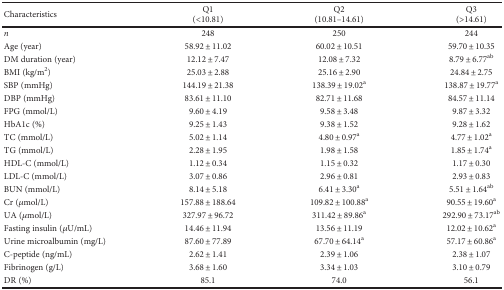
<table><thead><tr><td rowspan="2"><b>Characteristics</b></td><td><b>Q1</b></td><td><b>Q2</b></td><td><b>Q3</b></td></tr><tr><td><b>(&lt;10.81)</b></td><td><b>(10.81–14.61)</b></td><td><b>(&gt;14.61)</b></td></tr></thead><tbody><tr><td><i>n</i></td><td>248</td><td>250</td><td>244</td></tr><tr><td>Age (year)</td><td>58.92 ± 11.02</td><td>60.02 ± 10.51</td><td>59.70 ± 10.35</td></tr><tr><td>DM duration (year)</td><td>12.12 ± 7.47</td><td>12.08 ± 7.32</td><td>8.79 ± 6.77<sup>ab</sup></td></tr><tr><td>BMI (kg/m<sup>2</sup>)</td><td>25.03 ± 2.88</td><td>25.16 ± 2.90</td><td>24.84 ± 2.75</td></tr><tr><td>SBP (mmHg)</td><td>144.19 ± 21.38</td><td>138.39 ± 19.02<sup>a</sup></td><td>138.87 ± 19.77<sup>a</sup></td></tr><tr><td>DBP (mmHg)</td><td>83.61 ± 11.10</td><td>82.71 ± 11.68</td><td>84.57 ± 11.14</td></tr><tr><td>FPG (mmol/L)</td><td>9.60 ± 4.19</td><td>9.58 ± 3.48</td><td>9.87 ± 3.32</td></tr><tr><td>HbA1c (%)</td><td>9.25 ± 1.43</td><td>9.38 ± 1.52</td><td>9.28 ± 1.62</td></tr><tr><td>TC (mmol/L)</td><td>5.02 ± 1.14</td><td>4.80 ± 0.97<sup>a</sup></td><td>4.77 ± 1.02<sup>a</sup></td></tr><tr><td>TG (mmol/L)</td><td>2.28 ± 1.95</td><td>1.98 ± 1.58</td><td>1.85 ± 1.74<sup>a</sup></td></tr><tr><td>HDL-C (mmol/L)</td><td>1.12 ± 0.34</td><td>1.15 ± 0.32</td><td>1.17 ± 0.30</td></tr><tr><td>LDL-C (mmol/L)</td><td>3.07 ± 0.86</td><td>2.96 ± 0.81</td><td>2.93 ± 0.83</td></tr><tr><td>BUN (mmol/L)</td><td>8.14 ± 5.18</td><td>6.41 ± 3.30<sup>a</sup></td><td>5.51 ± 1.64<sup>ab</sup></td></tr><tr><td>Cr (<i>μ</i>mol/L)</td><td>157.88 ± 188.64</td><td>109.82 ± 100.88<sup>a</sup></td><td>90.55 ± 19.60<sup>a</sup></td></tr><tr><td>UA (<i>μ</i>mol/L)</td><td>327.97 ± 96.72</td><td>311.42 ± 89.86<sup>a</sup></td><td>292.90 ± 73.17<sup>ab</sup></td></tr><tr><td>Fasting insulin (<i>μ</i>U/mL)</td><td>14.46 ± 11.94</td><td>13.56 ± 11.19</td><td>12.02 ± 10.62<sup>a</sup></td></tr><tr><td>Urine microalbumin (mg/L)</td><td>87.60 ± 77.89</td><td>67.70 ± 64.14<sup>a</sup></td><td>57.17 ± 60.86<sup>a</sup></td></tr><tr><td>C-peptide (ng/mL)</td><td>2.62 ± 1.41</td><td>2.39 ± 1.06</td><td>2.38 ± 1.07</td></tr><tr><td>Fibrinogen (g/L)</td><td>3.68 ± 1.60</td><td>3.34 ± 1.03</td><td>3.10 ± 0.79</td></tr><tr><td>DR (%)</td><td>85.1</td><td>74.0</td><td>56.1</td></tr></tbody></table>